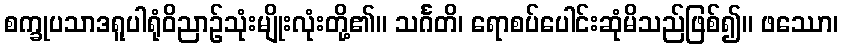
စက္ခုပသာဒရူပါရုံဝိညာဉ်သုံးမျိုးလုံးတို့၏။ သင်္ဂတိ၊ ရောစပ်ပေါင်းဆုံမိသည်ဖြစ်၍။ ဖဿော၊